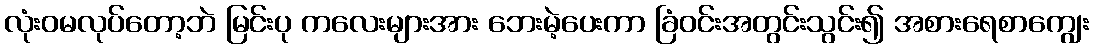
လုံးဝမလုပ်တော့ဘဲ မြင်းပု ကလေးများအား ဘေးမဲ့ပေးကာ ခြံဝင်းအတွင်းသွင်း၍ အစားရေစာကျွေး